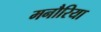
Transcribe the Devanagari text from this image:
मनौरिया